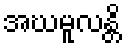
အဃမူလန္တိ